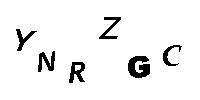
YNRZGC